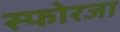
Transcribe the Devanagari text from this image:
स्फोरजा